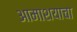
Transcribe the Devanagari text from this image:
आमाशयाचा